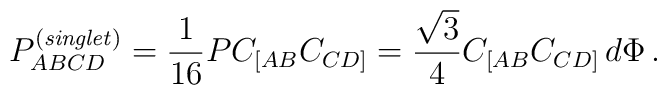
P_{ABCD}^{\left({\it singlet}\right)} = {1\over 16}P C_{[AB} C_{CD]}={\sqrt{3}\over 4}C_{[AB}C_{CD]}\, d \Phi\, .